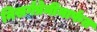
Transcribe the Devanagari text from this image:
निसर्गप्रेमींमार्फत